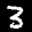
Label: 3